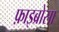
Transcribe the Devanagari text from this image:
फ़ाइब्रोसा